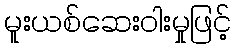
မူးယစ်ဆေးဝါးမှုဖြင့်